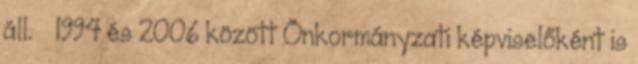
áll. ·· 1994 és 2006 között Önkormányzati képviselőként is